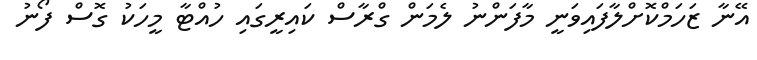
އޭނާ ޒަހަމްކޮށްލާފައިވަނީ މާފަންނު ލެމަން ގްރާސް ކައިރީގައި ހުއްޓާ މީހަކު ގޮސް ފޯނު